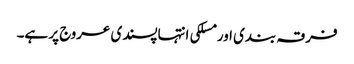
فرقہ بندی اور مسلکی انتہاپسندی عروج پر ہے۔